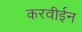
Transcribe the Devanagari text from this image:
करवीईन